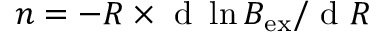
n = - R \times \mathrm { ~ d ~ } \ln B _ { \mathrm { e x } } / \mathrm { ~ d ~ } R